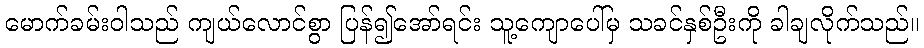
မောက်ခမ်းဝါသည် ကျယ်လောင်စွာ ပြန်၍အော်ရင်း သူ့ကျောပေါ်မှ သခင်နှစ်ဦးကို ခါချလိုက်သည်။